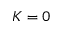
K = 0